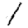
Digit: 1